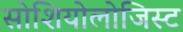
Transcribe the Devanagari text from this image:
सोशियोलोजिस्ट